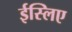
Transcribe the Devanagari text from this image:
ईस्लिए